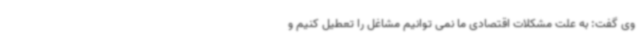
وی گفت: به علت مشکلات اقتصادی ما نمی توانیم مشاغل را تعطیل کنیم و